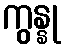
ကွန္နု